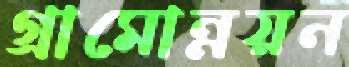
গ্রামোন্নয়ন